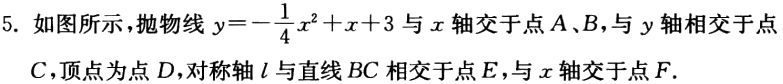
5. 如图所示，抛物线\(y = -\frac{1}{4}x^{2}+x + 3\)与\(x\)轴交于点\(A\)、\(B\)，与\(y\)轴相交于点\(C\)，顶点为点\(D\)，对称轴\(l\)与直线\(BC\)相交于点\(E\)，与\(x\)轴交于点\(F\).